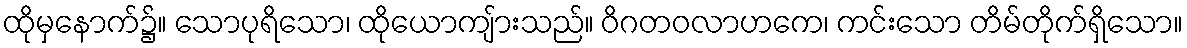
ထိုမှနောက်၌။ သောပုရိသော၊ ထိုယောကျ်ားသည်။ ဝိဂတဝလာဟကေ၊ ကင်းသော တိမ်တိုက်ရှိသော။